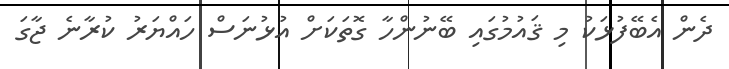
ދެން އެބޭފުޅަކު މި ޤައުމުގައި ބޭނުންހާ ގޮތަކަށް އުޅުނަސް ހައްޔަރު ކުރާނެ ޖާގަ